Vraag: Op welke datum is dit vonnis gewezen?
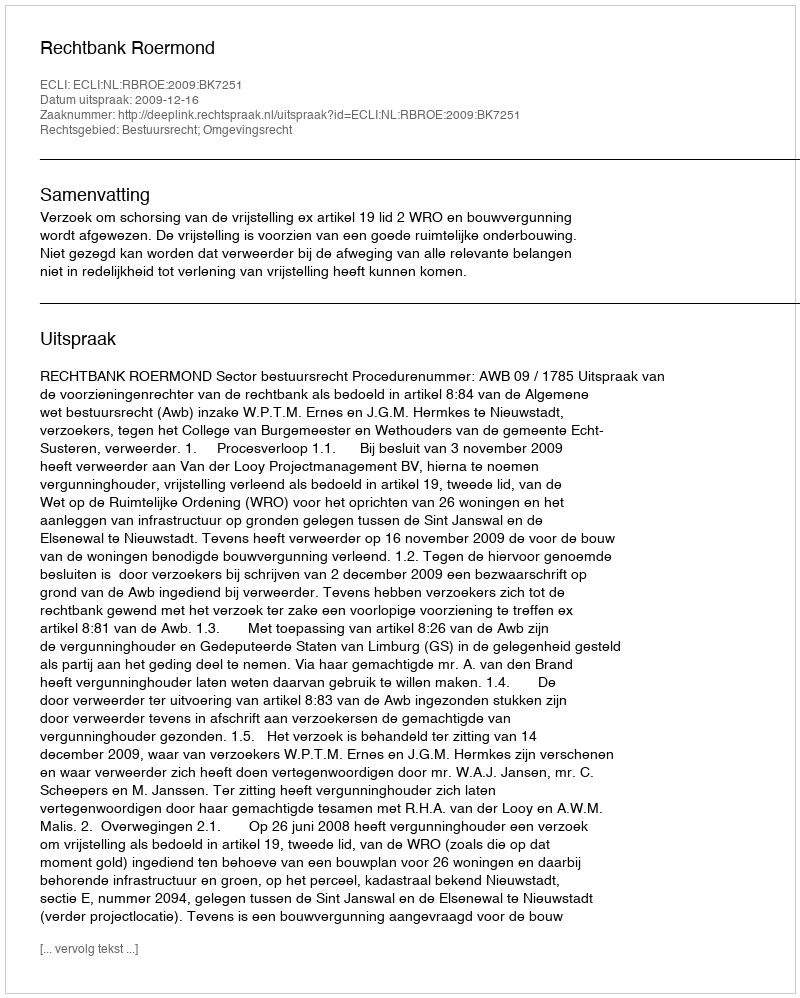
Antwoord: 2009-12-16